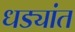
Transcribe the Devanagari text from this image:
धड्यांत